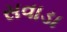
સવાડા